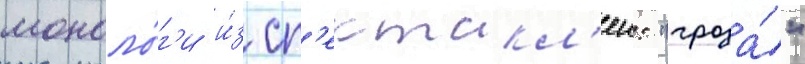
моноло́г'и и́з сп'ектакл'еи: "гроза́"